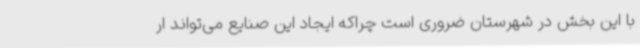
با این بخش در شهرستان ضروری است چراکه ایجاد این صنایع می‌تواند ار